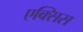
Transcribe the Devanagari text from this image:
एक्‍सिस